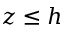
z \le h